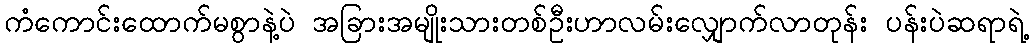
ကံကောင်းထောက်မစွာနဲ့ပဲ အခြားအမျိုးသားတစ်ဦးဟာလမ်းလျှောက်လာတုန်း ပန်းပဲဆရာရဲ့